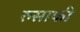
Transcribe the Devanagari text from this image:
रुसाफी